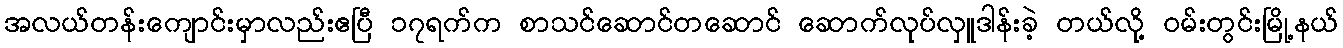
အလယ်တန်းကျောင်းမှာလည်းဧပြီ ၁၇ရက်က စာသင်ဆောင်တဆောင် ဆောက်လုပ်လှူဒါန်းခဲ့ တယ်လို့ ဝမ်းတွင်းမြို့နယ်